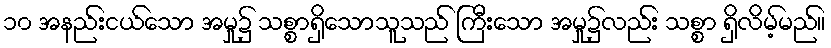
၁၀ အနည်းငယ်သော အမှု၌ သစ္စာရှိသောသူသည် ကြီးသော အမှု၌လည်း သစ္စာ ရှိလိမ့်မည်။